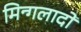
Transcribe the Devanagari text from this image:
मिन्गलादों